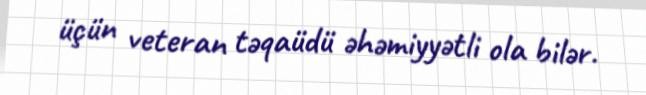
üçün veteran təqaüdü əhəmiyyətli ola bilər.